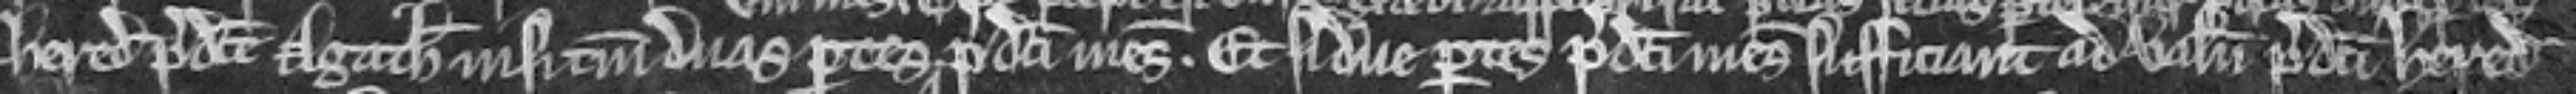
hereditate predicte Agathe nisi tantum duas partes predicti mesuagii. Et si due partes predicti mesuagii sufficiant ad valenciam predicti hereditatis